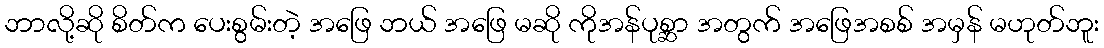
ဘာလို့ဆို စိတ်က ပေးစွမ်းတဲ့ အဖြေ ဘယ် အဖြေ မဆို ကိုအန်ပုစ္ဆာ အတွက် အဖြေအစစ် အမှန် မဟုတ်ဘူး